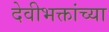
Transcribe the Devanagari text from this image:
देवीभक्तांच्या